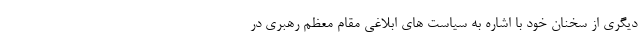
دیگری از سخنان خود با اشاره به سیاست های ابلاغی مقام معظم رهبری در